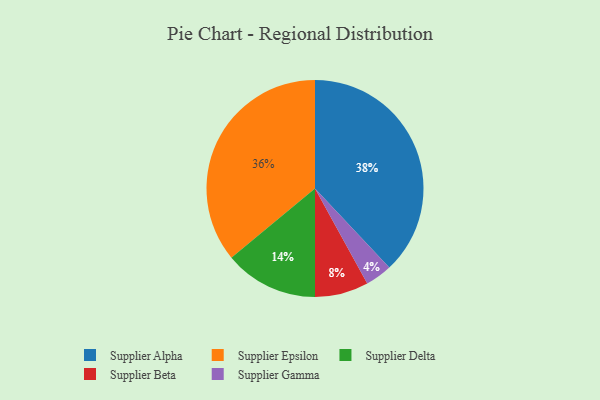
{"axis": {"x": "Category", "y": "Percentage"}, "legend": ["Supplier Alpha", "Supplier Beta", "Supplier Delta", "Supplier Epsilon", "Supplier Gamma"], "data": [{"x": "Supplier Alpha", "y": 38, "type": "Supplier Alpha"}, {"x": "Supplier Delta", "y": 14, "type": "Supplier Delta"}, {"x": "Supplier Gamma", "y": 4, "type": "Supplier Gamma"}, {"x": "Supplier Beta", "y": 8, "type": "Supplier Beta"}, {"x": "Supplier Epsilon", "y": 36, "type": "Supplier Epsilon"}]}